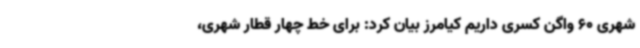
شهری 60 واگن کسری داریم کیامرز بیان کرد: برای خط چهار قطار شهری،